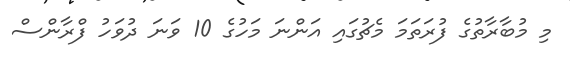
މި މުބާރާތުގެ ފުރަތަމަ މެޗުގައި އަންނަ މަހުގެ 10 ވަނަ ދުވަހު ފްރާންސް